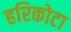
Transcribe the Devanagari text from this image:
हरिकोटा